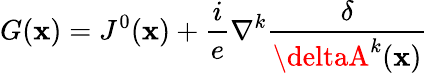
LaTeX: G(\mathbf{x})=J^{0}(\mathbf{x})+\frac{i}{e}\nabla^{k}\frac{\delta}{{\deltaA^{k}(\mathbf{x})}}